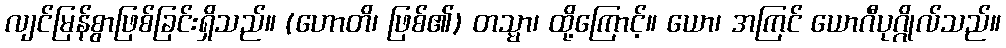
လျင်မြန်စွာဖြစ်ခြင်းရှိသည်။ (ဟောတိ၊ ဖြစ်၏) တသ္မာ၊ ထို့ကြောင့်။ ယော၊ အကြင် ယောဂီပုဂ္ဂိုလ်သည်။